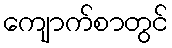
ကျောက်စာတွင်